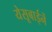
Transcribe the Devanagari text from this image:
येसूबाईनें